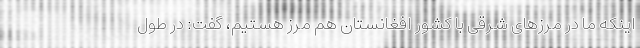
اینکه ما در مرزهای شرقی با کشور افغانستان هم مرز هستیم، گفت: در طول